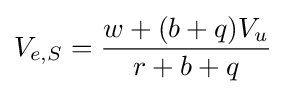
V_{e,S}={\frac {w+(b+q)V_{u}}{r+b+q}}\;